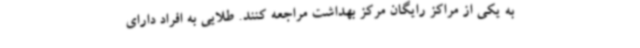
به یکی از مراکز رایگان مرکز بهداشت مراجعه کنند. طلایی به افراد دارای